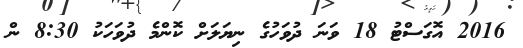
2016 އޮގަސްޓު 18 ވަނަ ދުވަހުގެ ނިޔަލަށް ކޮންމެ ދުވަހަކު 8:30 ން